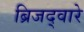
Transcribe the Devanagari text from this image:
ब्रिजद्वारे